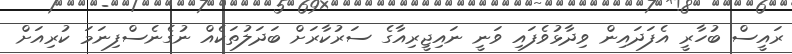
ރައީސް ބުހާރީ އެފަދައިން ވިދާޅުވެފައި ވަނީ ނައިޖީރިއާގެ ސަރުކާރަށް ބަދަލުތަކެއް ނުގެނެސްފިނަމަ ކުރިއަށް